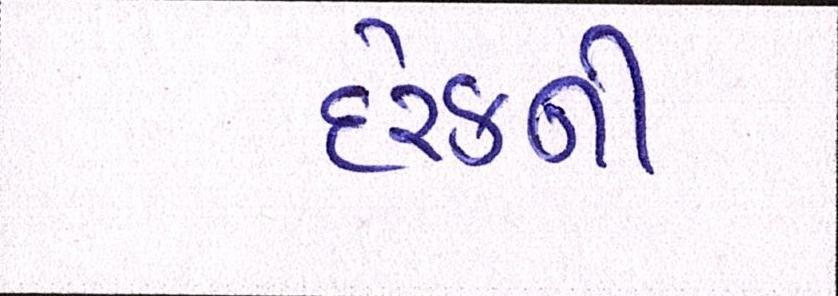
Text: દરેકની